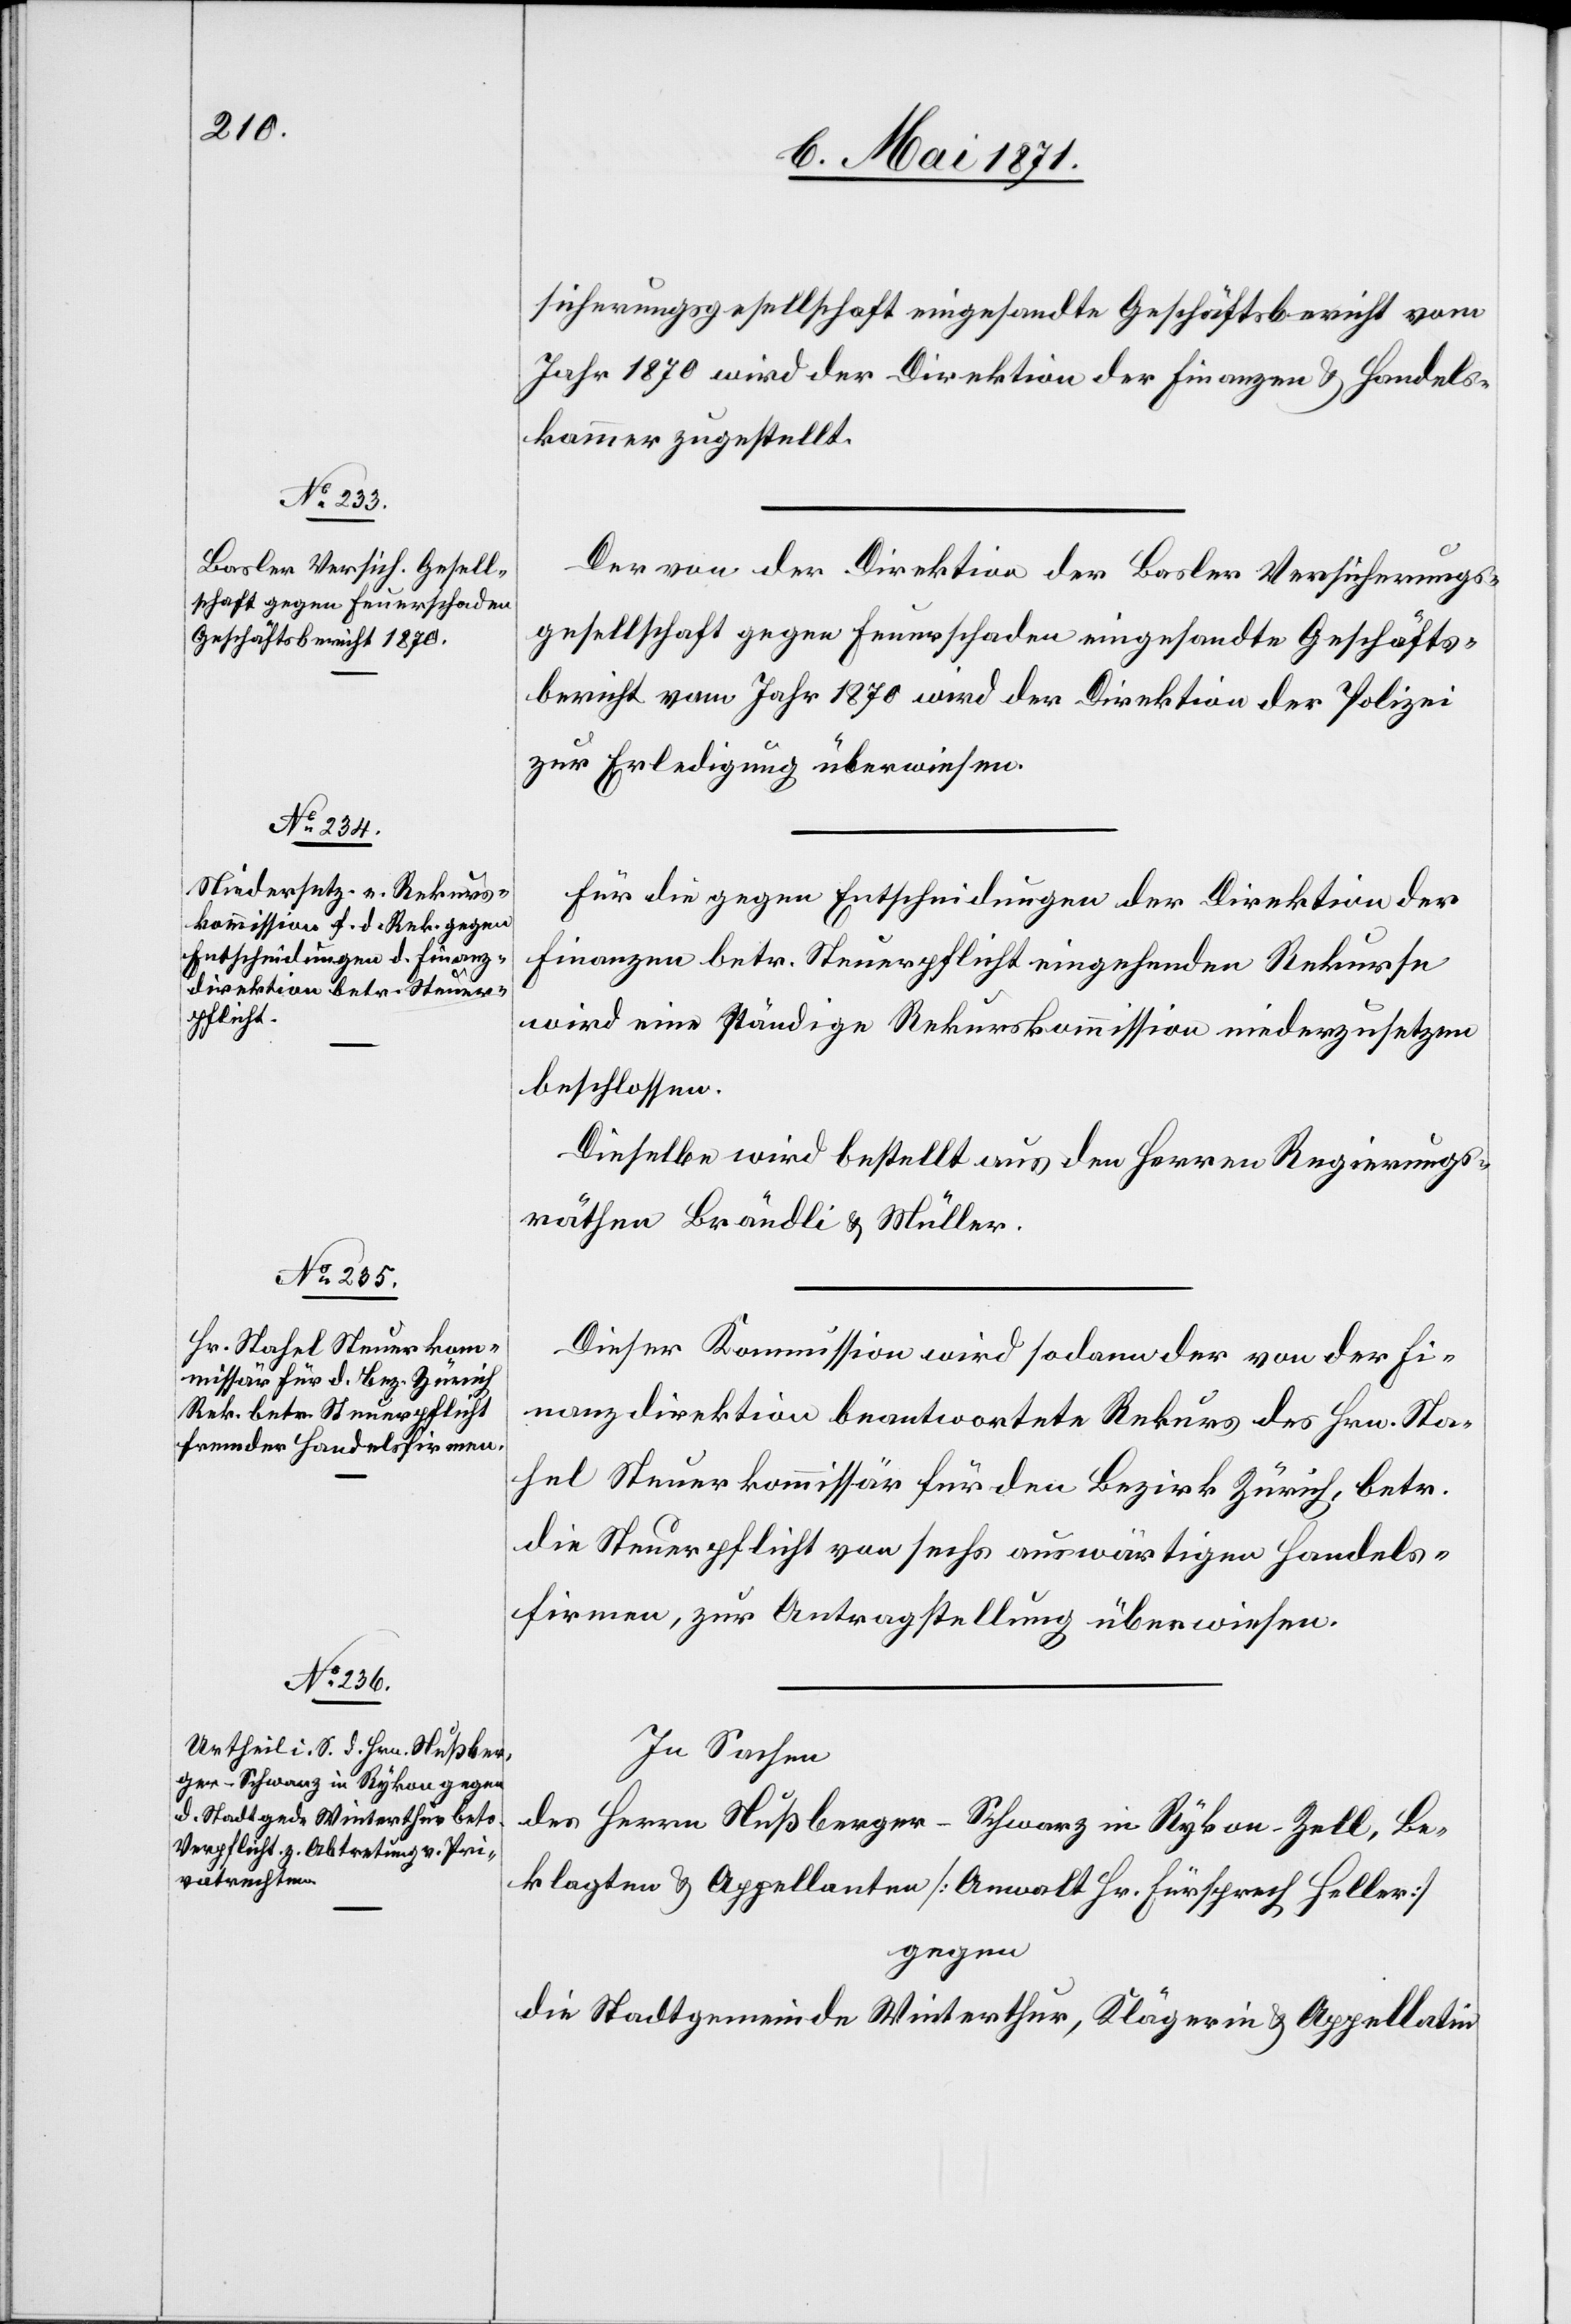
sicherungsgesellschaft eingesandte Geschäftsbericht vom
Jahr 1870 wird der Direktion der Finanzen u. Handels¬
kammer zugestellt.
Der von der Direktion der Basler Versicherungs¬
gesellschaft gegen Feuerschaden eingesandte Geschäfts¬
bericht vom Jahr 1870 wird der Direktion der Polizei
zur Erledigung überwiesen.
Für die gegen Entscheidungen der Direktion der
Finanzen betr. Steuerpflicht eingehenden Rekurse
wird eine ständige Rekurskommission niederzusetzen
beschlossen.
Dieselbe wird bestellt aus den Herren Regierungs¬
räthen Brändli u. Müller.
Dieser Kommission wird sodann der von der Fi¬
nanzdirektion beantwortete Rekurs des Hrn. Sta¬
hel Steuerkommissär für den Bezirk Zürich, betr.
die Steuerpflicht von sechs auswärtigen Handels¬
firmen, zur Antragstellung überwiesen.
In Sachen
des Herrn Nußberger-Schwarz in Rykon-Zell, Be¬
klagten u. Appellanten [Anwalt Hr. Fürsprech Heller]
gegen
die Stadtgemeinde Winterthur, Klägerin u. Appellatin